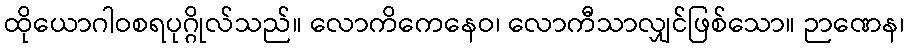
ထိုယောဂါဝစရပုဂ္ဂိုလ်သည်။ လောကိကေနေဝ၊ လောကီသာလျှင်ဖြစ်သော။ ဉာဏေန၊